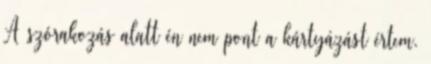
A szórakozás alatt én nem pont a kártyázást értem.